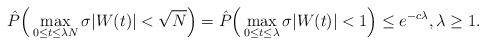
LaTeX: \begin{align*}\hat{P}\Big(\max_{0 \leq t \leq \lambda N} \sigma |W(t)| < \sqrt{N} \Big)= \hat{P}\Big(\max_{0 \leq t \leq \lambda} \sigma |W(t)| < 1 \Big)\leq e^{-c\lambda}, \lambda \geq 1.\end{align*}